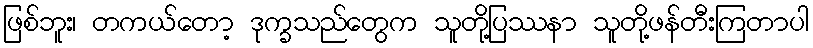
ဖြစ်ဘူး၊ တကယ်တော့ ဒုက္ခသည်တွေက သူတို့ပြဿနာ သူတို့ဖန်တီးကြတာပါ